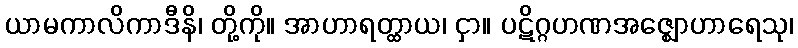
ယာမကာလိကာဒီနိ၊ တို့ကို။ အာဟာရတ္ထာယ၊ ငှာ။ ပဋိဂ္ဂဟဏအဇ္ဈောဟာရေသု၊